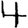
Digit: 4